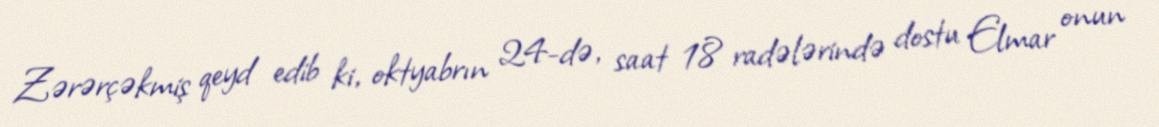
Zərərçəkmiş qeyd edib ki, oktyabrın 24-də, saat 18 radələrində dostu Elmar onun